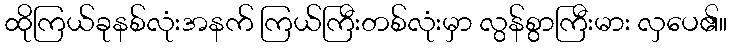
ထိုကြယ်ခုနစ်လုံးအနက် ကြယ်ကြီးတစ်လုံးမှာ လွန်စွာကြီးမား လှပေ၏။